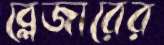
ব্লেজারের